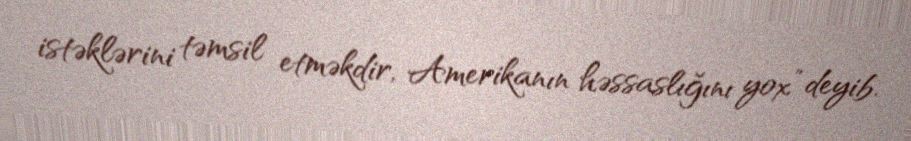
istəklərini təmsil etməkdir, Amerikanın həssaslığını yox” deyib.